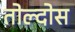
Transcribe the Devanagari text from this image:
तोल्दोस